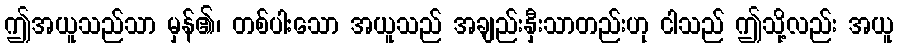
ဤအယူသည်သာ မှန်၏၊ တစ်ပါးသော အယူသည် အချည်းနှီးသာတည်းဟု ငါသည် ဤသို့လည်း အယူ